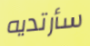
سأرتديه